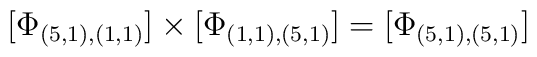
\lbrack \Phi _{(5,1),(1,1)}]\times [\Phi _{(1,1),(5,1)}]=[\Phi_{(5,1),(5,1)}]